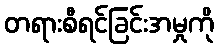
တရားစီရင်ခြင်းအမှုကို